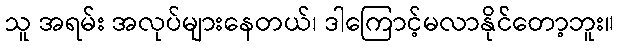
သူ အရမ်း အလုပ်များနေတယ်၊ ဒါကြောင့်မလာနိုင်တော့ဘူး။